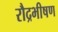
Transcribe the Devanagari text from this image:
रौद्रभीषण